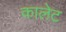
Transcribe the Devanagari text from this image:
कालेट